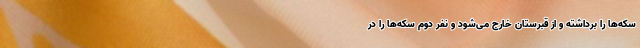
سکه‌ها را برداشته و از قبرستان خارج می‌شود و نفر دوم سکه‌ها را در